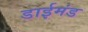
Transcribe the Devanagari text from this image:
डाईमंड